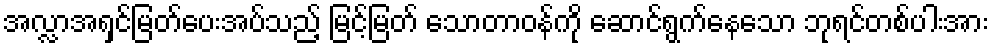
အလ္လာအရှင်မြတ်ပေးအပ်သည့် မြင့်မြတ် သောတာဝန်ကို ဆောင်ရွက်နေသော ဘုရင်တစ်ပါးအား